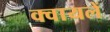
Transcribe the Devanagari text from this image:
क्वायलें